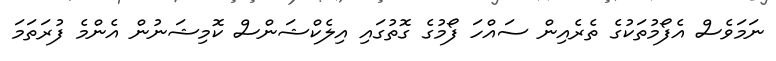
ނަމަވެސް އެފޯމުތަކުގެ ތެރެއިން ސައްހަ ފޯމުގެ ގޮތުގައި އިލެކްޝަންސް ކޮމިޝަނުން އެންމެ ފުރަތަމަ